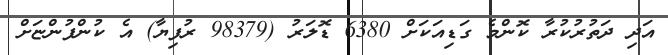
އަދި ދަތުރުކުރާ ކޮންމެ ގަޑިއަކަށް 6380 ޑޮލަރު (98379 ރުފިޔާ) އެ ކުންފުންޏަށް